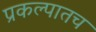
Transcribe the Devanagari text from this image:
प्रकल्पातच